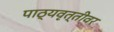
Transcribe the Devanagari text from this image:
पाठ्यवृत्तीवर